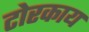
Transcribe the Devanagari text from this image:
टोरकाय